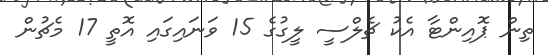
ތިން ޕޮއިންޓާ އެކު ޗެލްސީ ލީގުގެ 15 ވަނައިގައި އޮތީ 17 މެޗުން